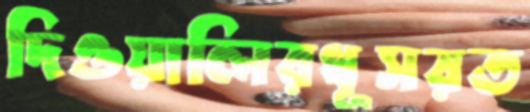
দিওয়ালিরধূসরত